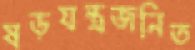
ষড়যন্ত্রজনিত